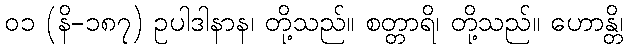
၀၁ (နိ-၁၈၇) ဥပါဒါနာန၊ တို့သည်။ စတ္တာရိ၊ တို့သည်။ ဟောန္တိ၊